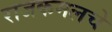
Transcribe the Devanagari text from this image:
राजकमलचे